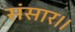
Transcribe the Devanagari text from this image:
संसार।।